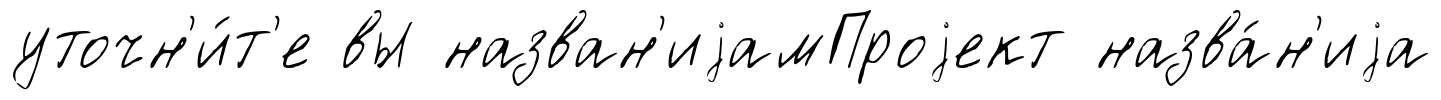
уточн'и́т'е вы назван'иjамПроjект назва́н'иjа